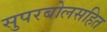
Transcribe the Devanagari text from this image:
सुपरबोलसहित